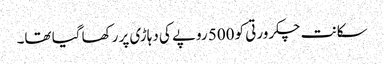
سکانت چکرورتی کو 500 روپے کی دہاڑی پر رکھا گیا تھا۔